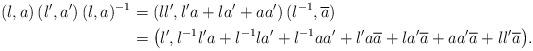
LaTeX: \begin{align*}\allowdisplaybreaks (\l,a)\, (\l',a') \,(\l,a)^{-1}&=(\l\l', \l'a + \l a'+ aa') \, (\l^{-1},\overline{a}) \\ &=\big (\l',\l^{-1} \l'a + \l^{-1}\l a'+ \l^{-1} aa' + \l'a\overline{a} + \l a'\overline{a}+ aa'\overline{a}+\l\l'\overline{a}\big ). \end{align*}